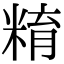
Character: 𥺞